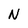
Character: N